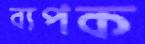
ব্যপক